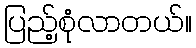
ပြည့်စုံလာတယ်။